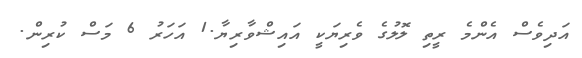
އަދިވެސް އެންމެ ރީތި ލޮލުގެ ވެރިޔަކީ އައިޝްވާރިޔާ.1 އަހަރު 6 މަސް ކުރިން.